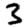
Digit: 3